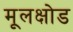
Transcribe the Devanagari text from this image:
मूलक्षोड